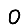
Digit: 0